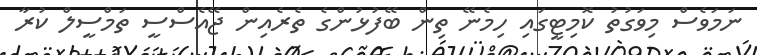
ނަމަވެސް މިވަގުތު ކޮމިޓީގައި ހިމެނޭ ތިން ބޭފުޅުންގެ ތެރެއިން ޖޭއެސްސީ ތަމްސީލް ކުރާ